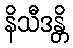
နိသီဒန္တိ